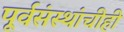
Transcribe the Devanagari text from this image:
पूर्वसंस्थांचीही